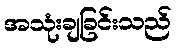
အသုံးချခြင်းသည်